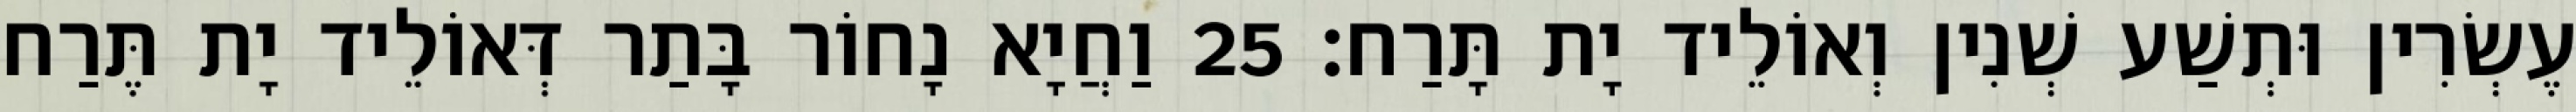
עֶשְׂרִין וּתְשַׁע שְׁנִין וְאוֹלֵיד יָת תָּרַח׃ 25 וַחֲיָא נָחוֹר בָּתַר דְּאוֹלֵיד יָת תֶּרַח